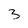
Character: 3